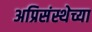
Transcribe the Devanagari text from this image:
अप्रिसंस्थेच्या